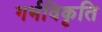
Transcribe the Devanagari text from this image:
गर्भविकृति